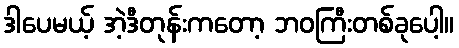
ဒါပေမယ့် အဲ့ဒီတုန်းကတော့ ဘဝကြီးတစ်ခုပေါ့။